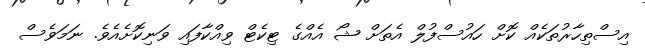
އިސްތިހާރުތަކެއް ކޮށް ހައުސްފުލް އެތަށް ޝޯ އެއްގެ ޓިކެޓް ވިއްކާފައި ވަނިކޮށެއެވެ. ނަމަވެސް